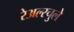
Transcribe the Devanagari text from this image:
रेअल्स्चुले